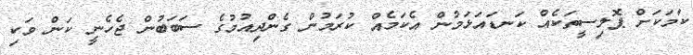
ކަމަކަށް ޕޮލިސީތަކެއް ކަނޑައަޅަމުން އެކަމެއް ކުރަމުން ގެންދިއުމުގެ ސަބަބުން ޖެހެނީ ކަން ވަކި